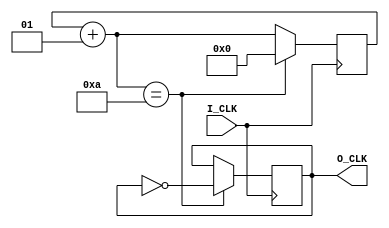
// This program was cloned from: https://github.com/DinoMax00/TJ-FPGA_MP3
// License: MIT License

// A divider for all modules and no reset sign
module Divider #(parameter Time=20)
(
    input I_CLK,
    output reg O_CLK
);
    integer counter=0;
    initial O_CLK = 0;
    always @ (posedge I_CLK)
    begin
        if((counter+1)==Time/2)
        begin
            counter <= 0;
            O_CLK <= ~O_CLK;
        end
        else
            counter <= counter+1;
    end
endmodule